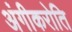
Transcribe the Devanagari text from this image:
अंगीकरोति